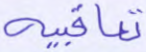
تعاقبية